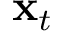
\mathbf { x } _ { t }